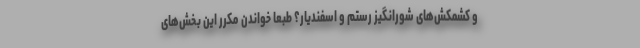
و کشمکش‌های شورانگیز رستم و اسفندیار؟ طبعاً خواندن مکرر این بخش‌های